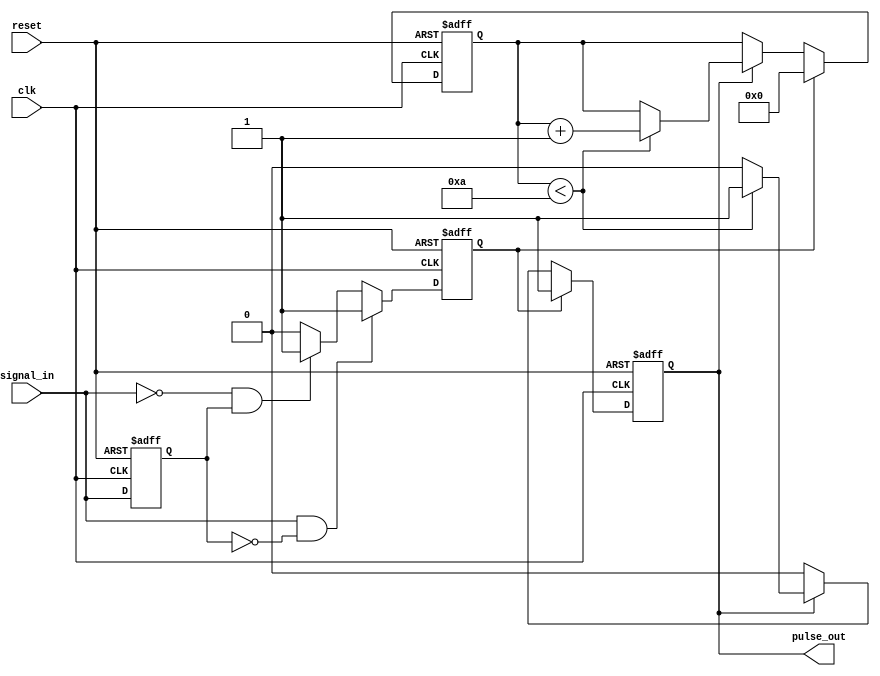
module monostable_edge_detector #(
    parameter PULSE_WIDTH = 10 // Configurable pulse width in clock cycles
)(
    input wire clk,             // Clock input
    input wire reset,           // Asynchronous reset
    input wire signal_in,       // Input signal
    output reg pulse_out        // Output pulse
);

    reg signal_in_d;            // Delayed input signal
    reg edge_detected;          // Edge detection flag
    reg [3:0] pulse_counter;    // Counter for pulse width

    // Edge detection logic
    always @(posedge clk or posedge reset) begin
        if (reset) begin
            signal_in_d <= 1'b0;
            edge_detected <= 1'b0;
        end else begin
            signal_in_d <= signal_in; // Store previous state of input
            // Detect rising edge
            if (signal_in && !signal_in_d) begin
                edge_detected <= 1'b1; // Rising edge detected
            end
            // Detect falling edge
            else if (!signal_in && signal_in_d) begin
                edge_detected <= 1'b1; // Falling edge detected
            end else begin
                edge_detected <= 1'b0; // No edge detected
            end
        end
    end

    // Pulse generation logic
    always @(posedge clk or posedge reset) begin
        if (reset) begin
            pulse_out <= 1'b0;          // Reset output pulse
            pulse_counter <= 4'b0;      // Reset pulse counter
        end else if (edge_detected) begin
            pulse_out <= 1'b1;          // Activate pulse output
            pulse_counter <= 4'b0;      // Reset pulse counter
        end else if (pulse_out) begin
            if (pulse_counter < PULSE_WIDTH) begin
                pulse_counter <= pulse_counter + 1; // Increment pulse counter
            end else begin
                pulse_out <= 1'b0;      // Deactivate pulse output after duration
            end
        end
    end

endmodule